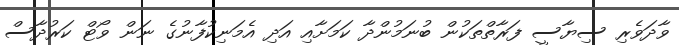
ވާދަވެރި ސިޔާސީ ފަރާތްތަކުން ބުނަމުންދާ ކަމަށާއި އަދި އެމަނިކުފާނުގެ ނަން ވޯޓް ކަރުދާސް